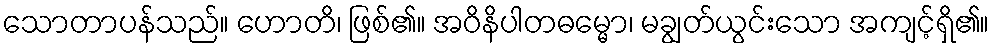
သောတာပန်သည်။ ဟောတိ၊ ဖြစ်၏။ အဝိနိပါတဓမ္မော၊ မချွတ်ယွင်းသော အကျင့်ရှိ၏။